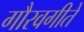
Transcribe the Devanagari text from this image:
गौरवगीते